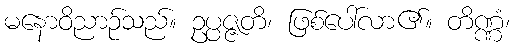
မနောဝိညာဉ်သည်။ ဥပ္ပဇ္ဇတိ၊ ဖြစ်ပေါ်လာ၏။ တိဏ္ဏံ၊